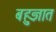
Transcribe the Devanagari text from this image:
बहुज्ञात